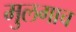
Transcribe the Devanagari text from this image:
मुलगाच